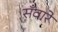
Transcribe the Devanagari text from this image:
सँवारे